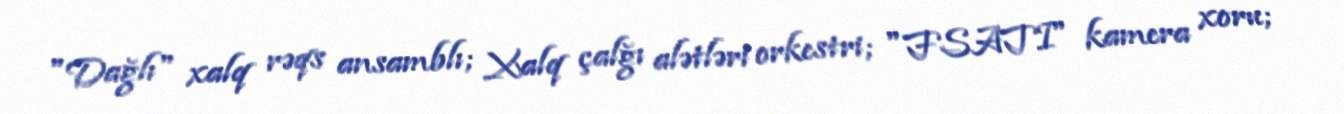
"Dağlı" xalq rəqs ansamblı; Xalq çalğı alətləri orkestri; "FSATI" kamera xoru;